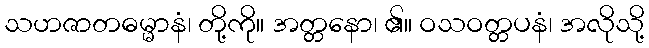
သဟဇာတဓမ္မာနံ၊ တို့ကို။ အတ္တနော၊ ၏။ ဝသဝတ္တပနံ၊ အလိုသို့